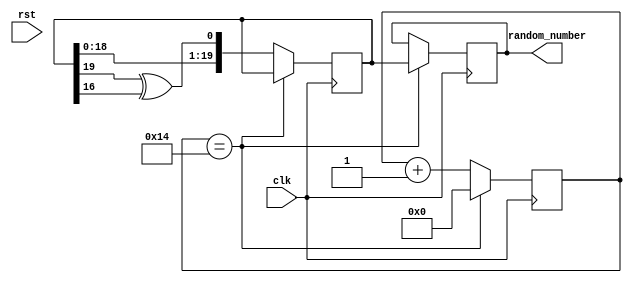
`timescale 1ns / 1ps

// LFSR: Linear Feedback Shift Register
// Source: https://simplefpga.blogspot.com/2013/02/random-number-generator-in-verilog-fpga.html

module random_generator(
    input clk,
    /* verilator lint_off UNUSEDSIGNAL */
    input rst,
    /* verilator lint_on UNUSEDSIGNAL */
    output reg [19:0] random_number
    );
   
    reg[19:0] rnd;
    reg[4:0] count;
    wire feedback = rnd[19] ^ rnd[16];
    initial begin
        rnd = 20'b1;
        count = 0;
    end
   
    always@(posedge clk) begin
        if (count == 20) begin
            count <= 0;
            random_number <= rnd;
        end else begin
            rnd <= {rnd[18:0], feedback};
            count <= count + 1;
        end  
    end
   
endmodule